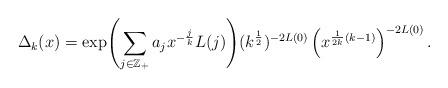
LaTeX: \begin{align*}\Delta_k (x) = \exp \Biggl( \sum_{j \in \mathbb{Z}_+} a_j x^{- \frac{j}{k}} L(j) \Biggr) (k^\frac{1}{2})^{-2L(0)} \left(x^{\frac{1}{2k}\left( k-1\right)}\right)^{- 2L(0)} .\end{align*}